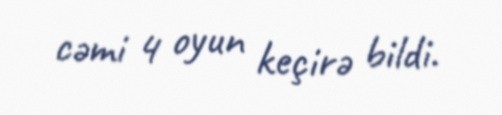
cəmi 4 oyun keçirə bildi.